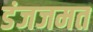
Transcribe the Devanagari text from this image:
डंजजमत